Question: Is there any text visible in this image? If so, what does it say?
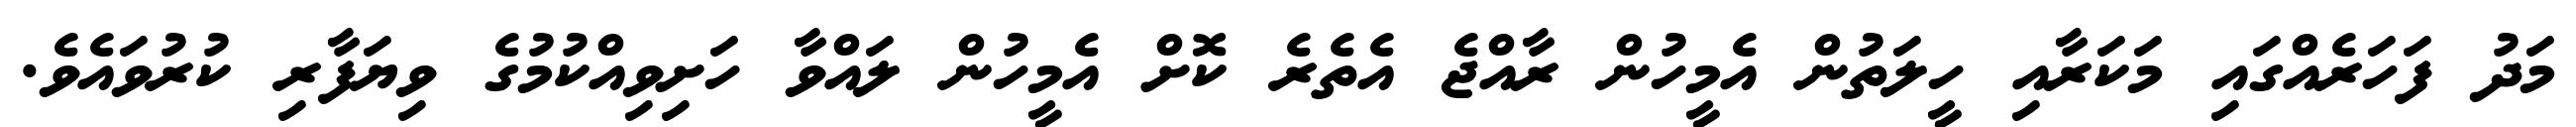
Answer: މަދު ފަހަރެއްގައި މަކަރާއި ހީލަތުން އެމީހުން ރާއްޖެ އެތެރެ ކޮށް އެމީހުން ލައްވާ ހަށިވިއްކުމުގެ ވިޔަފާރި ކުރުވައެވެ.